Vaccination in the Punjab 1905-1918 - 1905-1918
Year: 1905
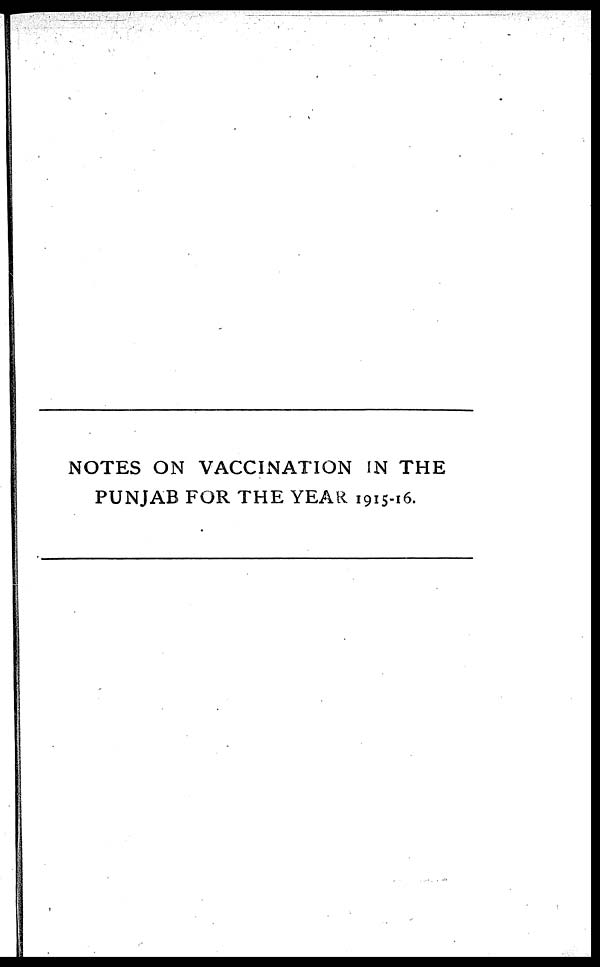
NOTES ON VACCINATION IN THE
PUNJAB FOR THE YEAR 1915-16.